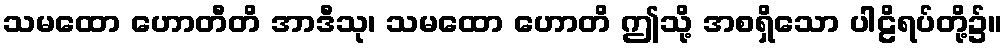
သမထော ဟောတီတိ အာဒီသု၊ သမထော ဟောတိ ဤသို့ အစရှိသော ပါဠိရပ်တို့၌။